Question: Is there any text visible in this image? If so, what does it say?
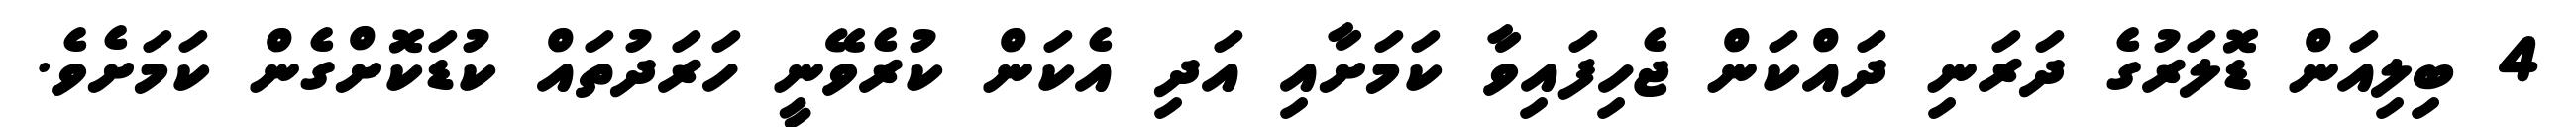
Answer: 4 ބިލިއަން ޑޮލަރުގެ ދަރަނި ދައްކަން ޖެހިފައިވާ ކަމަށާއި އަދި އެކަން ކުރެވޭނީ ހަރަދުތައް ކުޑަކޮށްގެން ކަމަށެވެ.